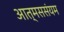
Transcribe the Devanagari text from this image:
आत्मससंयम